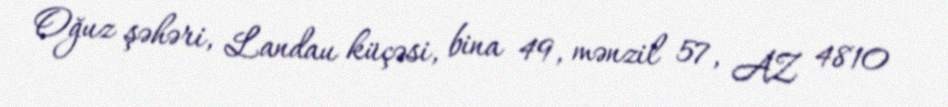
Oğuz şəhəri, Landau küçəsi, bina 49, mənzil 57, AZ 4810